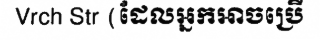
Vrch Str (ដែលអ្នកអាចប្រើ